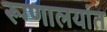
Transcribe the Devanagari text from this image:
रूग्णालयांत